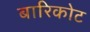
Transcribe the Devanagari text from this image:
बारिकोट